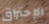
الإحتراق